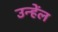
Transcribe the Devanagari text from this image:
उन्हेंल